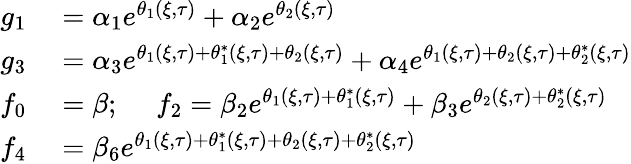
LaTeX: \begin{array}{rl}{g_{1}}&{{}=\alpha_{1}e^{\theta_{1}(\xi,\tau)}+\alpha_{2}e^{\theta_{2}(\xi,\tau)}}\\ {g_{3}}&{{}=\alpha_{3}e^{\theta_{1}(\xi,\tau)+\theta_{1}^{*}(\xi,\tau)+\theta_{2}(\xi,\tau)}+\alpha_{4}e^{\theta_{1}(\xi,\tau)+\theta_{2}(\xi,\tau)+\theta_{2}^{*}(\xi,\tau)}}\\ {f_{0}}&{{}=\beta;\quad\ f_{2}=\beta_{2}e^{\theta_{1}(\xi,\tau)+\theta_{1}^{*}(\xi,\tau)}+\beta_{3}e^{\theta_{2}(\xi,\tau)+\theta_{2}^{*}(\xi,\tau)}}\\ {f_{4}}&{{}=\beta_{6}e^{\theta_{1}(\xi,\tau)+\theta_{1}^{*}(\xi,\tau)+\theta_{2}(\xi,\tau)+\theta_{2}^{*}(\xi,\tau)}}\end{array}